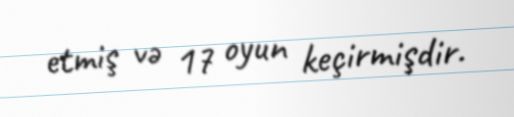
etmiş və 17 oyun keçirmişdir.